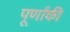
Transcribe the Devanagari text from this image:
पूर्णांकी